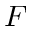
F